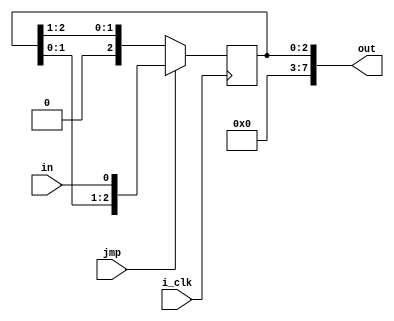
module top(i_clk, jmp, in, out);
  parameter DEFINED=5;
  input  wire  i_clk, in, jmp;
  output  reg  [8-1:0]  out;

  initial  out = 0;
  always @(posedge i_clk)
  if (jmp)
    out <= { out[UNDEFINED-1:0], in };
  else
    out <= { 1'b0, out[UNDEFINED-1:1] };

endmodule